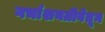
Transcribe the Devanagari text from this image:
गर्भाशयग्रीवेतून